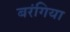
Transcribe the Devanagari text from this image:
बरंगिया